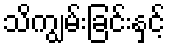
သိကျွမ်းခြင်းနှင့်